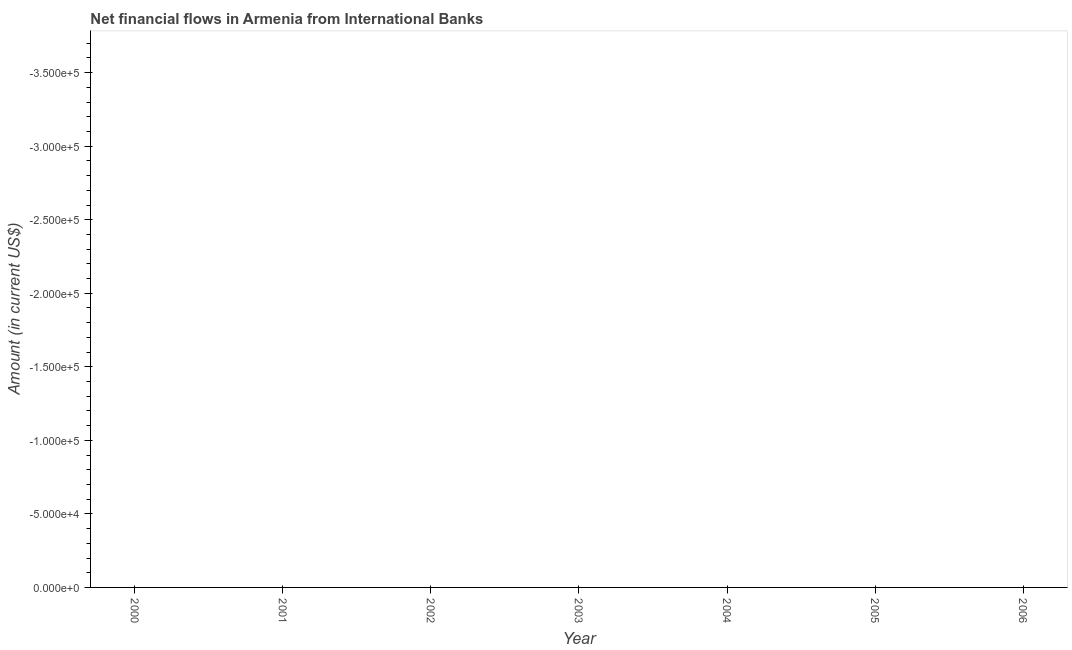
| Year | Net financial flows from IBRD |
 | --- | --- |
 | 2000 | -3.92e+05 |
 | 2001 | -4.19e+05 |
 | 2002 | -4.45e+05 |
 | 2003 | -5.13e+05 |
 | 2004 | -5.86e+05 |
 | 2005 | -6.46e+05 |
 | 2006 | -6.63e+05 |